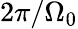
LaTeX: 2\pi/\Omega_{0}